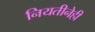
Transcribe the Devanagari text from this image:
नियतीनेही